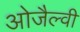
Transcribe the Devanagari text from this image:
ओजैल्वी